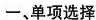
-、单项选择